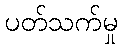
ပတ်သက်မှု